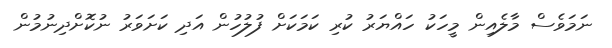
ނަމަވެސް މާލެއިން މީހަކު ހައްޔަރު ކުރި ކަަމަކަށް ފުލުހުން އަދި ކަށަވަރު ނުކޮށްދިނުމުން